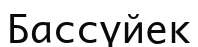
Бассүйек